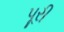
પૂરી